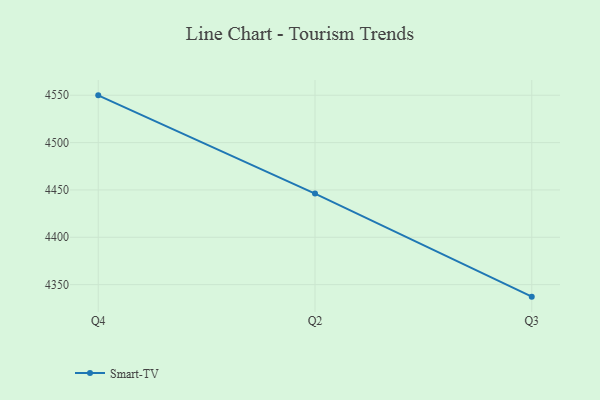
{"axis": {"x": "Quarter", "y": "Backlog"}, "legend": ["Smart-TV"], "data": [{"x": "Q4", "y": 4549.9, "type": "Smart-TV"}, {"x": "Q2", "y": 4446.2, "type": "Smart-TV"}, {"x": "Q3", "y": 4337.3, "type": "Smart-TV"}]}